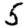
Digit: 5